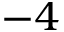
- 4